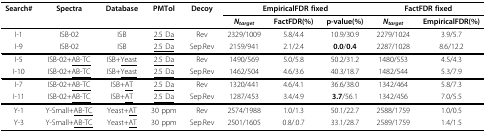
| Search# | Spectra | Database | PMTol | Decoy | <COLSPAN=3> EmpiricalFDR fixed | <COLSPAN=2> FactFDR fixed |
 |  |  |  |  |  | Ntarget | FactFDR(%) | p-value(%) | Ntarget | EmpiricalFDR(%) |
 | --- | --- | --- | --- | --- | --- | --- | --- | --- | --- |
 | I-1 | ISB-02 | ISB | <underline>2.5 Da</underline> | Rev | 2329/1009 | 5.8/4.4 | 10.9/30.9 | 2279/1024 | 3.9/5.7 |
 | I-9 | ISB-02 | ISB | <underline>2.5 Da</underline> | Sep.Rev | 2159/941 | 2.1/2.4 | 0.0/0.4 | 2287/1028 | 8.6/12.2 |
 | I-5 | ISB-02+<underline>AB-TC</underline> | ISB+<underline>Yeast</underline> | <underline>2.5 Da</underline> | Rev | 1490/569 | 5.0/5.8 | 50.2/31.2 | 1480/553 | 4.5/4.3 |
 | I-10 | ISB-02+<underline>AB-TC</underline> | ISB+<underline>Yeast</underline> | <underline>2.5 Da</underline> | Sep.Rev | 1462/504 | 4.6/3.6 | 40.3/18.7 | 1482/544 | 5.3/7.9 |
 | I-7 | ISB-02+<underline>AB-TC</underline> | ISB+<underline>AT</underline> | <underline>2.5 Da</underline> | Rev | 1320/441 | 4.6/4.1 | 36.6/38.0 | 1342/464 | 5.8/7.3 |
 | I-11 | ISB-02+<underline>AB-TC</underline> | ISB+<underline>AT</underline> | <underline>2.5 Da</underline> | Sep.Rev | 1287/453 | 3.4/4.9 | 3.7/56.1 | 1342/456 | 7.0/5.5 |
 | Y-1 | Y-Small+<underline>AB-TC</underline> | Yeast+<underline>AT</underline> | 30 ppm | Rev | 2574/1988 | 1.0/1.3 | 50.1/22.7 | 2588/1759 | 1.0/0.5 |
 | Y-3 | Y-Small+<underline>AB-TC</underline> | Yeast+<underline>AT</underline> | 30 ppm | Sep.Rev | 2501/1605 | 0.8/.0.7 | 33.1/28.7 | 2589/1759 | 1.4/1.5 |